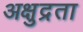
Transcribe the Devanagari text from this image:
अक्षुद्रता